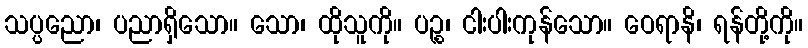
သပ္ပညော၊ ပညာရှိသော။ သော၊ ထိုသူကို။ ပဉ္စ၊ ငါးပါးကုန်သော။ ဝေရာနိ၊ ရန်တို့ကို။